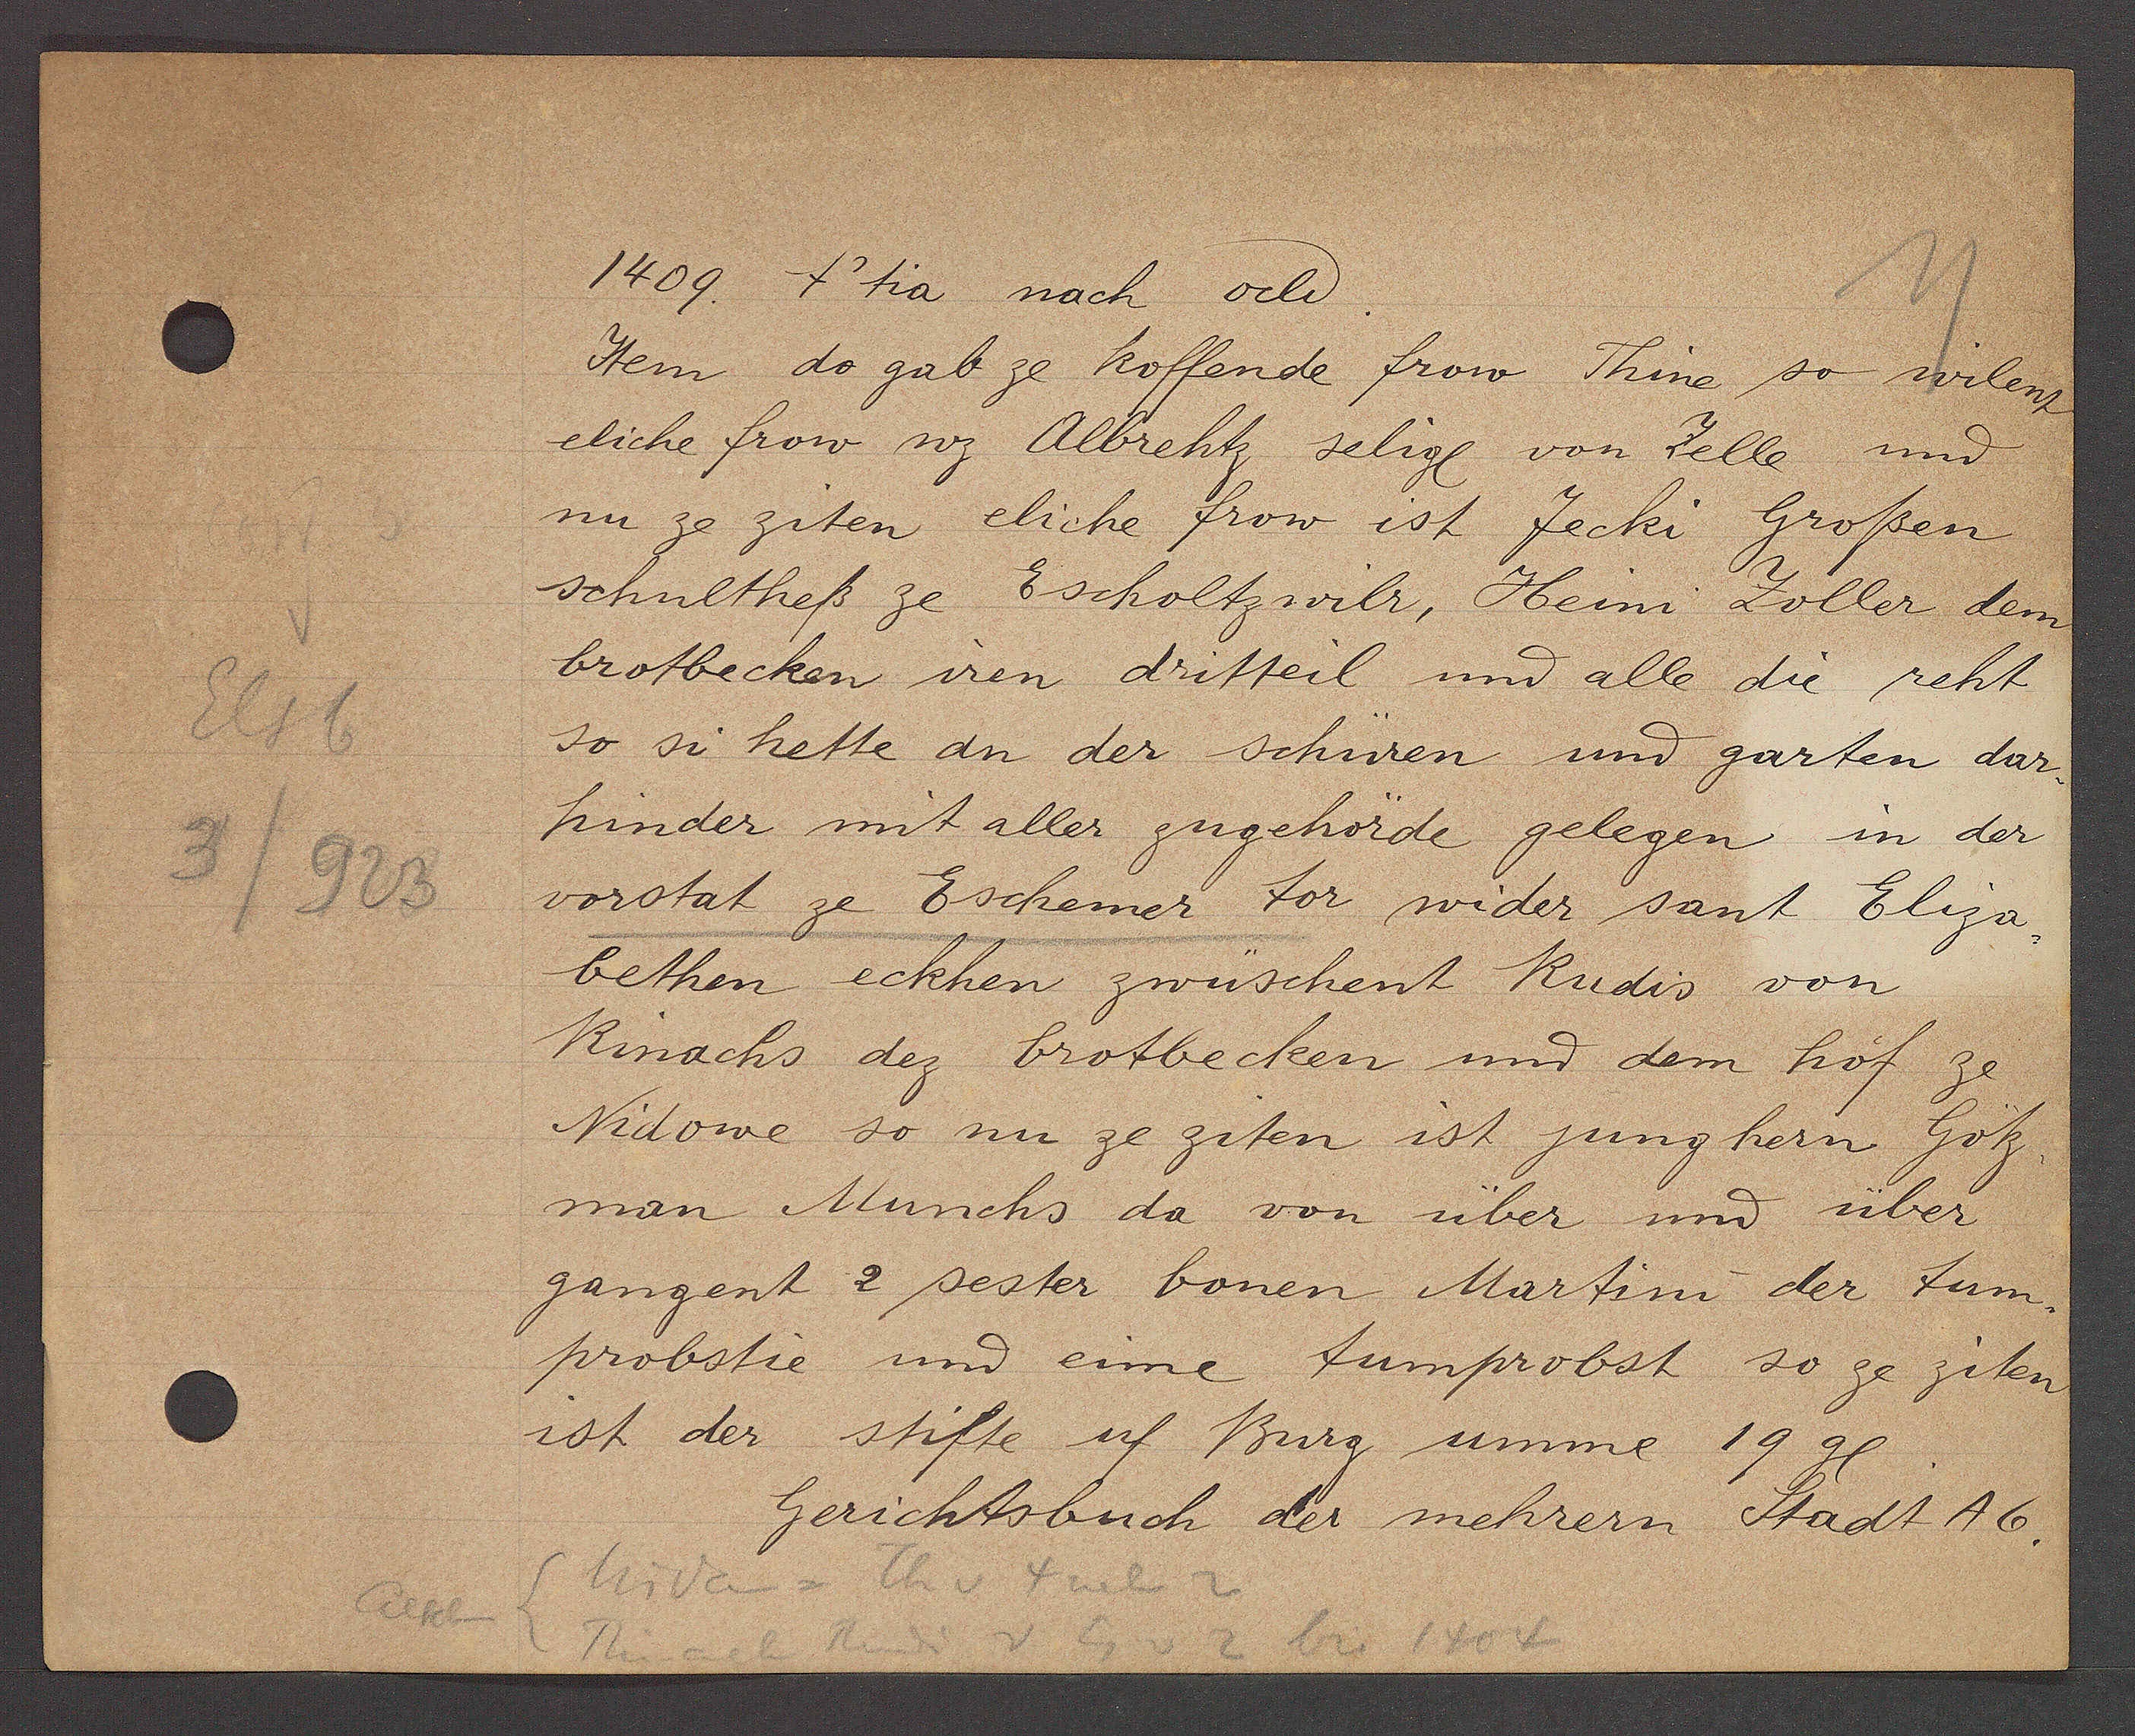
Transcript:
Elsb
3/923

1409. t'tia nach ocli.

Item do gab ze koffende frow Thine so wilenz
eliche frow wz Albrehtz selige von Zelle und
nu ze ziten eliche frow ist Jecki Großen
schultheß ze Escholtzwilr, Heini Zoller dem
brotbecken iren dritteil und alle die reht
so si hette an der schüren und garten dar¬
hinder mit aller zugehörde gelegen in der
vorstat ze Eschemer tor wider sant Eliza-
bethen eckhen zwüschent Rudis von
Rinachs dez brotbecken und dem hof ze
Nidowe so nu ze giten ist jung hern Götz,
man Munchs da von über und über
gangent 2 sester bonen Martini der tum¬
probstie und eime tumprobst so ze ziten
ist der stifte uf Burg umme 19 gl.

Nidau = Th v 4 neben 2
Aeschen
Rinach Rudi v Eg v 2 bis 1404

Gerichtsbuch der mehrern Stadt A6.